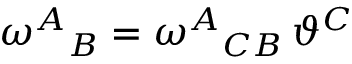
\omega ^ { A } { } _ { B } = \omega ^ { A } { } _ { C B } \, \vartheta ^ { C }